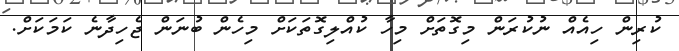
ކުރިން ހިއެއް ނުކުރަން މިގޮތަށް މިހާ ކުއްލިގޮތަކަށް މިހެން ބުނަން ޖެހިދާނެ ކަމަކަށް.